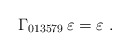
\begin{align*}\Gamma_{013579}\, \varepsilon = \varepsilon~.\end{align*}